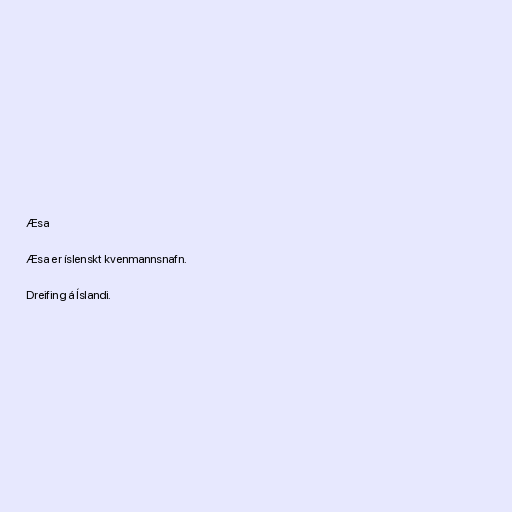
Æsa

Æsa er íslenskt kvenmannsnafn.

Dreifing á Íslandi.